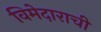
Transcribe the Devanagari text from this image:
विमेदाराची